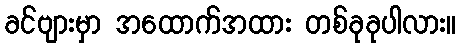
ခင်ဗျားမှာ အထောက်အထား တစ်ခုခုပါလား။